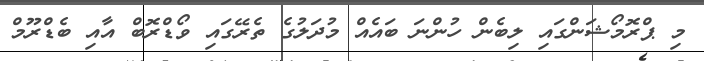
މި ޕްރޮމޯޝަންގައި ލިބެން ހުންނަ ބައެއް މުދަލުގެ ތެރޭގައި ވޯޑްރޮބް އާއި ބެޑްރޫމް